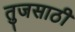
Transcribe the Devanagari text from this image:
तुजसाठी